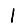
Digit: 1